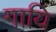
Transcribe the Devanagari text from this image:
गायि